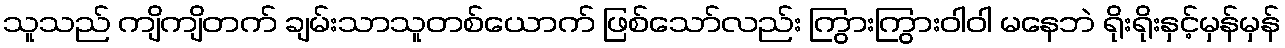
သူသည် ကျိကျိတက် ချမ်းသာသူတစ်ယောက် ဖြစ်သော်လည်း ကြွားကြွားဝါဝါ မနေဘဲ ရိုးရိုးနှင့်မှန်မှန်